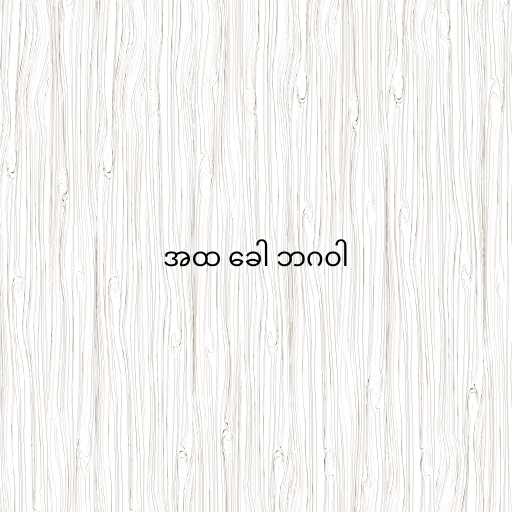
အထ ခေါ ဘဂဝါ